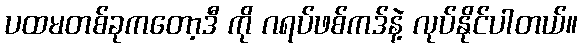
ပထမတစ်ခုကတော့ဒီ ကို ဂရပ်ဖစ်ကဒ်နဲ့ လုပ်နိုင်ပါတယ်။